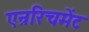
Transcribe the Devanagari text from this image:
एन्ररिचमेंट